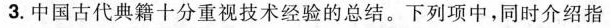
3.中国古代典籍十分重视技术经验的总结。下列项中，同时介绍指